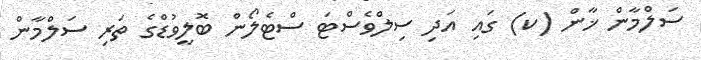
ސަލްމާން ޚާން (ކ) ގައި އަދި ސިލްވެސްޓަ ސްޓެލޯން ބޮލީވުޑްގެ ތަރި ސަލްމާން